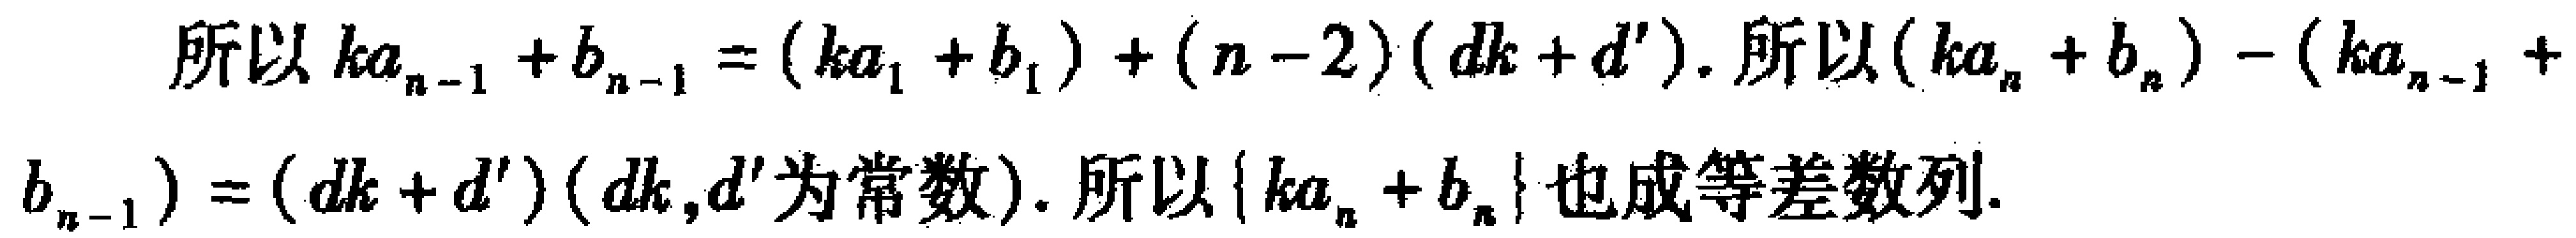
所以 \(ka_{n - 1}+b_{n - 1}=(ka_{1}+b_{1})+(n - 2)(dk + d')\). 所以 \((ka_{n}+b_{n})-(ka_{n - 1}+b_{n - 1})=(dk + d')\) (\(dk,d'\)为常数). 所以 \(\{ka_{n}+b_{n}\}\)也成等差数列.